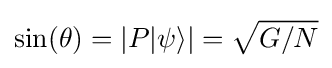
\sin(\theta )=|P|\psi \rangle |={\sqrt {G/N}}